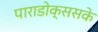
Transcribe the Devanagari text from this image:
पाराडोक्ससके